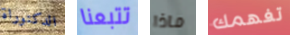
الدكتوراة تتبعنا ماذا تفهمك